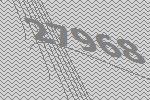
27968